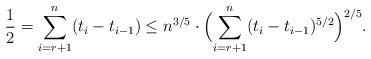
LaTeX: \begin{align*}\frac {1}{2}=\sum_{i=r+1}^n (t_i-t_{i-1})\leq n^{3/5}\cdot \Bigl(\sum_{i=r+1}^n (t_i-t_{i-1})^{5/2}\Bigr)^{2/5}.\end{align*}